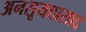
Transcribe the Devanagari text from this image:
अनसूयाप्रसाद